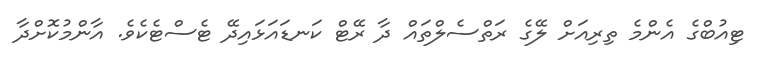
ޓިއުބްގެ އެންމެ ތިރިއަށް ލޭގެ ރަތްސެލްތައް ދާ ރޭޓް ކަނޑައަޅައިދޭ ޓެސްޓެކެވެ. އާންމުކޮށްދާ